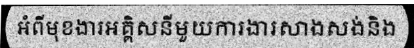
អំពីមុខងារអគ្គិសនីមួយការងារសាងសង់និង